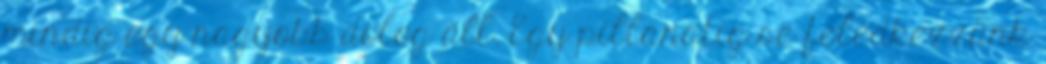
mindig egy nagyobb dolog áll. Egy pillanatig se feledkezzünk